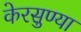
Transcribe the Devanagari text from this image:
केरसुण्या